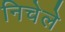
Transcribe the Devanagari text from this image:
निचेले